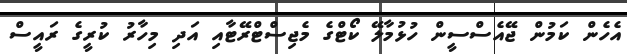
އެހެން ކަމުން ޖޭއެސްސީން ހުޅުމާލޭ ކޯޓްގެ މެޖިސްޓްރޭޓާއި އަދި މިހާރު ކުރީގެ ރައީސް